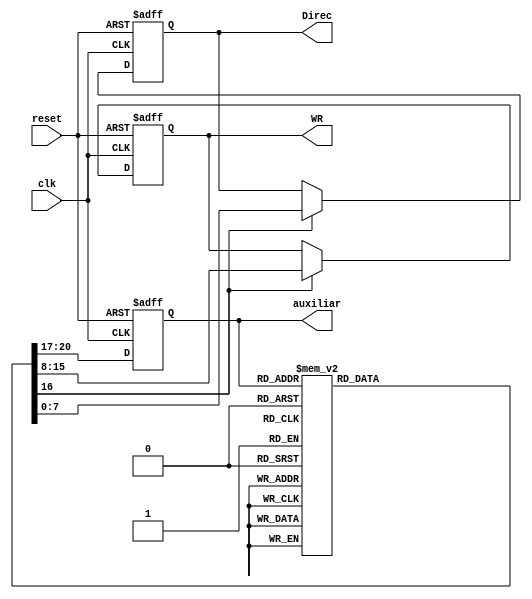
module Inicializador (Direc, WR, clk, reset, auxiliar
);

input clk, reset;
output [7:0] Direc;
output [7:0] WR;
output [3:0] auxiliar; 


//wire [7:0] Direc_cable;
//wire [7:0] WR_cable;

reg [7:0] Direc_reg;
reg [7:0] WR_reg;
reg [7:0] Direc_reg_next;
reg [7:0] WR_reg_next;
reg Load;







/////////////////Declaracion de los estados////////////////////////////////

localparam [3:0] s0 = 4'h0, 
                 s1 = 4'h1, 
                 s2 = 4'h2, 
                 s3 = 4'h3, 
                 s4 = 4'h4, 
                 s5 = 4'h5, 
                 s6 = 4'h6, 
                 s7 = 4'h7, 
                 s8 = 4'h8, 
                 s9 = 4'h9, 
                 s10 = 4'h0A, 
                 s11 = 4'h0B, 
                 s12 = 4'h0C, 
                 s13 = 4'h0D,
                 s14 = 4'h0E, 
                 s15 = 4'h0F;
               
/////////////////Fin declaracion de los estados///////////////////////////


///////////////////   Declaracion de la señal   ////////////////////////////////

reg [3:0] estado_reg, estado_sig; 

////////////////////// Fin de la declaracion de la señal //////////////////////


/////////////////////  Estado de Registro  //////////////////
 
       always@ (posedge clk, posedge reset)
        
       begin
        
            if (reset)
                estado_reg = s0;
            else 
                estado_reg = estado_sig; 
       end
       


////////////////////// Fin de Estado de Registro //////////////////////
 
      always@ (posedge clk, posedge reset)
       
      begin
               
           if (reset)
           begin
                Direc_reg = 0;
                WR_reg= 0;
           end
           else if (Load)
            begin
                Direc_reg = Direc_reg_next;
                WR_reg= WR_reg_next;
            end
      end

 


/////////////////////  Estado siguiente  //////////////////

       always@*
       begin 
       
       Direc_reg_next = 8'h00;
       WR_reg_next =  8'h00;
       estado_sig = s0;
       Load = 1'b0;
       
        case (estado_reg)
            
    
            s0:
            begin 
            estado_sig = s1;
            end

            s1:
            begin
            Load = 1'b1; 
            Direc_reg_next = 8'h02;
            WR_reg_next =  8'h10;
            estado_sig = s2;
            end
            
            s2: 
            begin
            Load = 1'b1;            
            Direc_reg_next = 8'h10;
            WR_reg_next =  8'hD2;
            estado_sig = s3;
            end
            
            s3: 
            begin
            Load = 1'b1;
            Direc_reg_next = 8'h00;
            WR_reg_next =  8'h00;
            estado_sig = s4;
            end
            
            s4: 
            begin
            Load = 1'b1;
            Direc_reg_next = 8'h01;
            estado_sig = s5;
            end
             
            s5: 
            begin
            Load = 1'b1;            
            Direc_reg_next = 8'h21;
            estado_sig = s6;
            end
             
            s6: 
            begin
            Load = 1'b1;
            Direc_reg_next = 8'h22;
            estado_sig = s7;
            end     
             
            s7: 
            begin
            Load = 1'b1;            
            Direc_reg_next = 8'h23;
            estado_sig = s8;
            end  
             
            s8: 
            begin
            Load = 1'b1;            
            Direc_reg_next = 8'h24;
            estado_sig = s9;
            end
             
            s9: 
            begin
            Load = 1'b1;            
            Direc_reg_next = 8'h25;
            estado_sig = s10;
            end 
             
            s10: 
            begin
            Load = 1'b1;            
            Direc_reg_next = 8'h26;
            estado_sig = s11;
            end  
             
            s11: 
            begin
            Load = 1'b1;            
            Direc_reg_next = 8'h27;
            estado_sig = s12;
            end   
             
            s12: 
            begin
            Load = 1'b1;
            Direc_reg_next = 8'h41;;
            estado_sig = s13;
            end  
             
            s13: 
            begin
            Load = 1'b1;            
            Direc_reg_next = 8'h42;;
            estado_sig = s14;
            end
             
            s14: 
            begin
            Load = 1'b1;            
            Direc_reg_next = 8'h43;
            estado_sig = s15;
            end      
             
            s15: 
            begin
            Load = 1'b1;            
            Direc_reg_next = 8'hF0;;
            end
 
            default:
            begin
            Load = 1'b0;            
            estado_sig = s0;
            end        
        
        endcase 
        end             
         

/////////////////////  FIn de estado siguiente  //////////////////

assign Direc = Direc_reg;
assign WR = WR_reg;
assign auxiliar = estado_reg;

endmodule